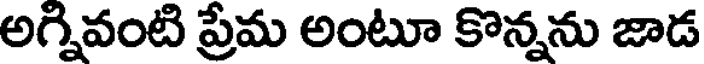
అగ్నివంటి ప్రేమ అంటూ కొన్నను జాడ